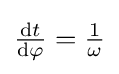
{\tfrac {\mathrm {d} t}{\mathrm {d} \varphi }}={\tfrac {1}{\omega }}